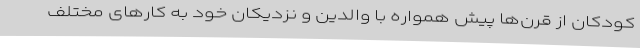
کودکان از قرن‌ها پیش همواره با والدین و نزدیکان خود به کارهای مختلف